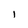
Character: I